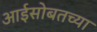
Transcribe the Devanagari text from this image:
आईसोबतच्या